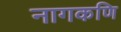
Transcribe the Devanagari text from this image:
नागकणि